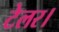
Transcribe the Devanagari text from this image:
टेलर।